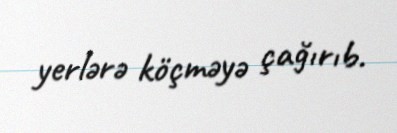
yerlərə köçməyə çağırıb.